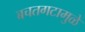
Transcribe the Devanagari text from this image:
बचतगटामुळे